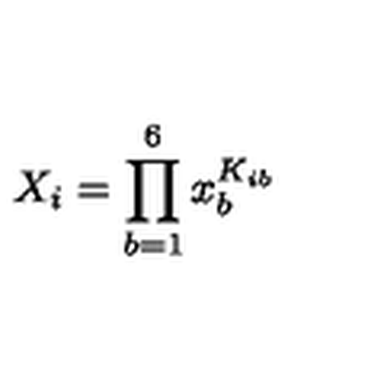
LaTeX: X _ { i } = \prod _ { b = 1 } ^ { 6 } x _ { b } ^ { K _ { i b } }